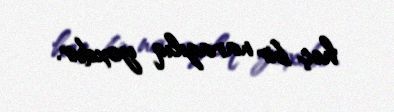
heç bir narazılıq yoxdur.